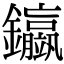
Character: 𨰊